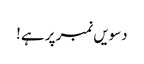
دسویں نمبر پر ہے!